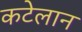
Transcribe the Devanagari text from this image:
कटेलान